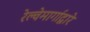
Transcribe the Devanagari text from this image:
रेल्वेमार्गाद्वारे